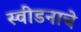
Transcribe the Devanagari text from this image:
स्वीडनाचे